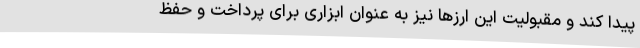
پیدا کند و مقبولیت این ارزها نیز به عنوان ابزاری برای پرداخت و حفظ